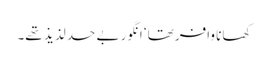
کھانا وافر تھا‘ انگور بے حد لذیذ تھے۔